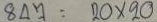
847 = 20 x 20